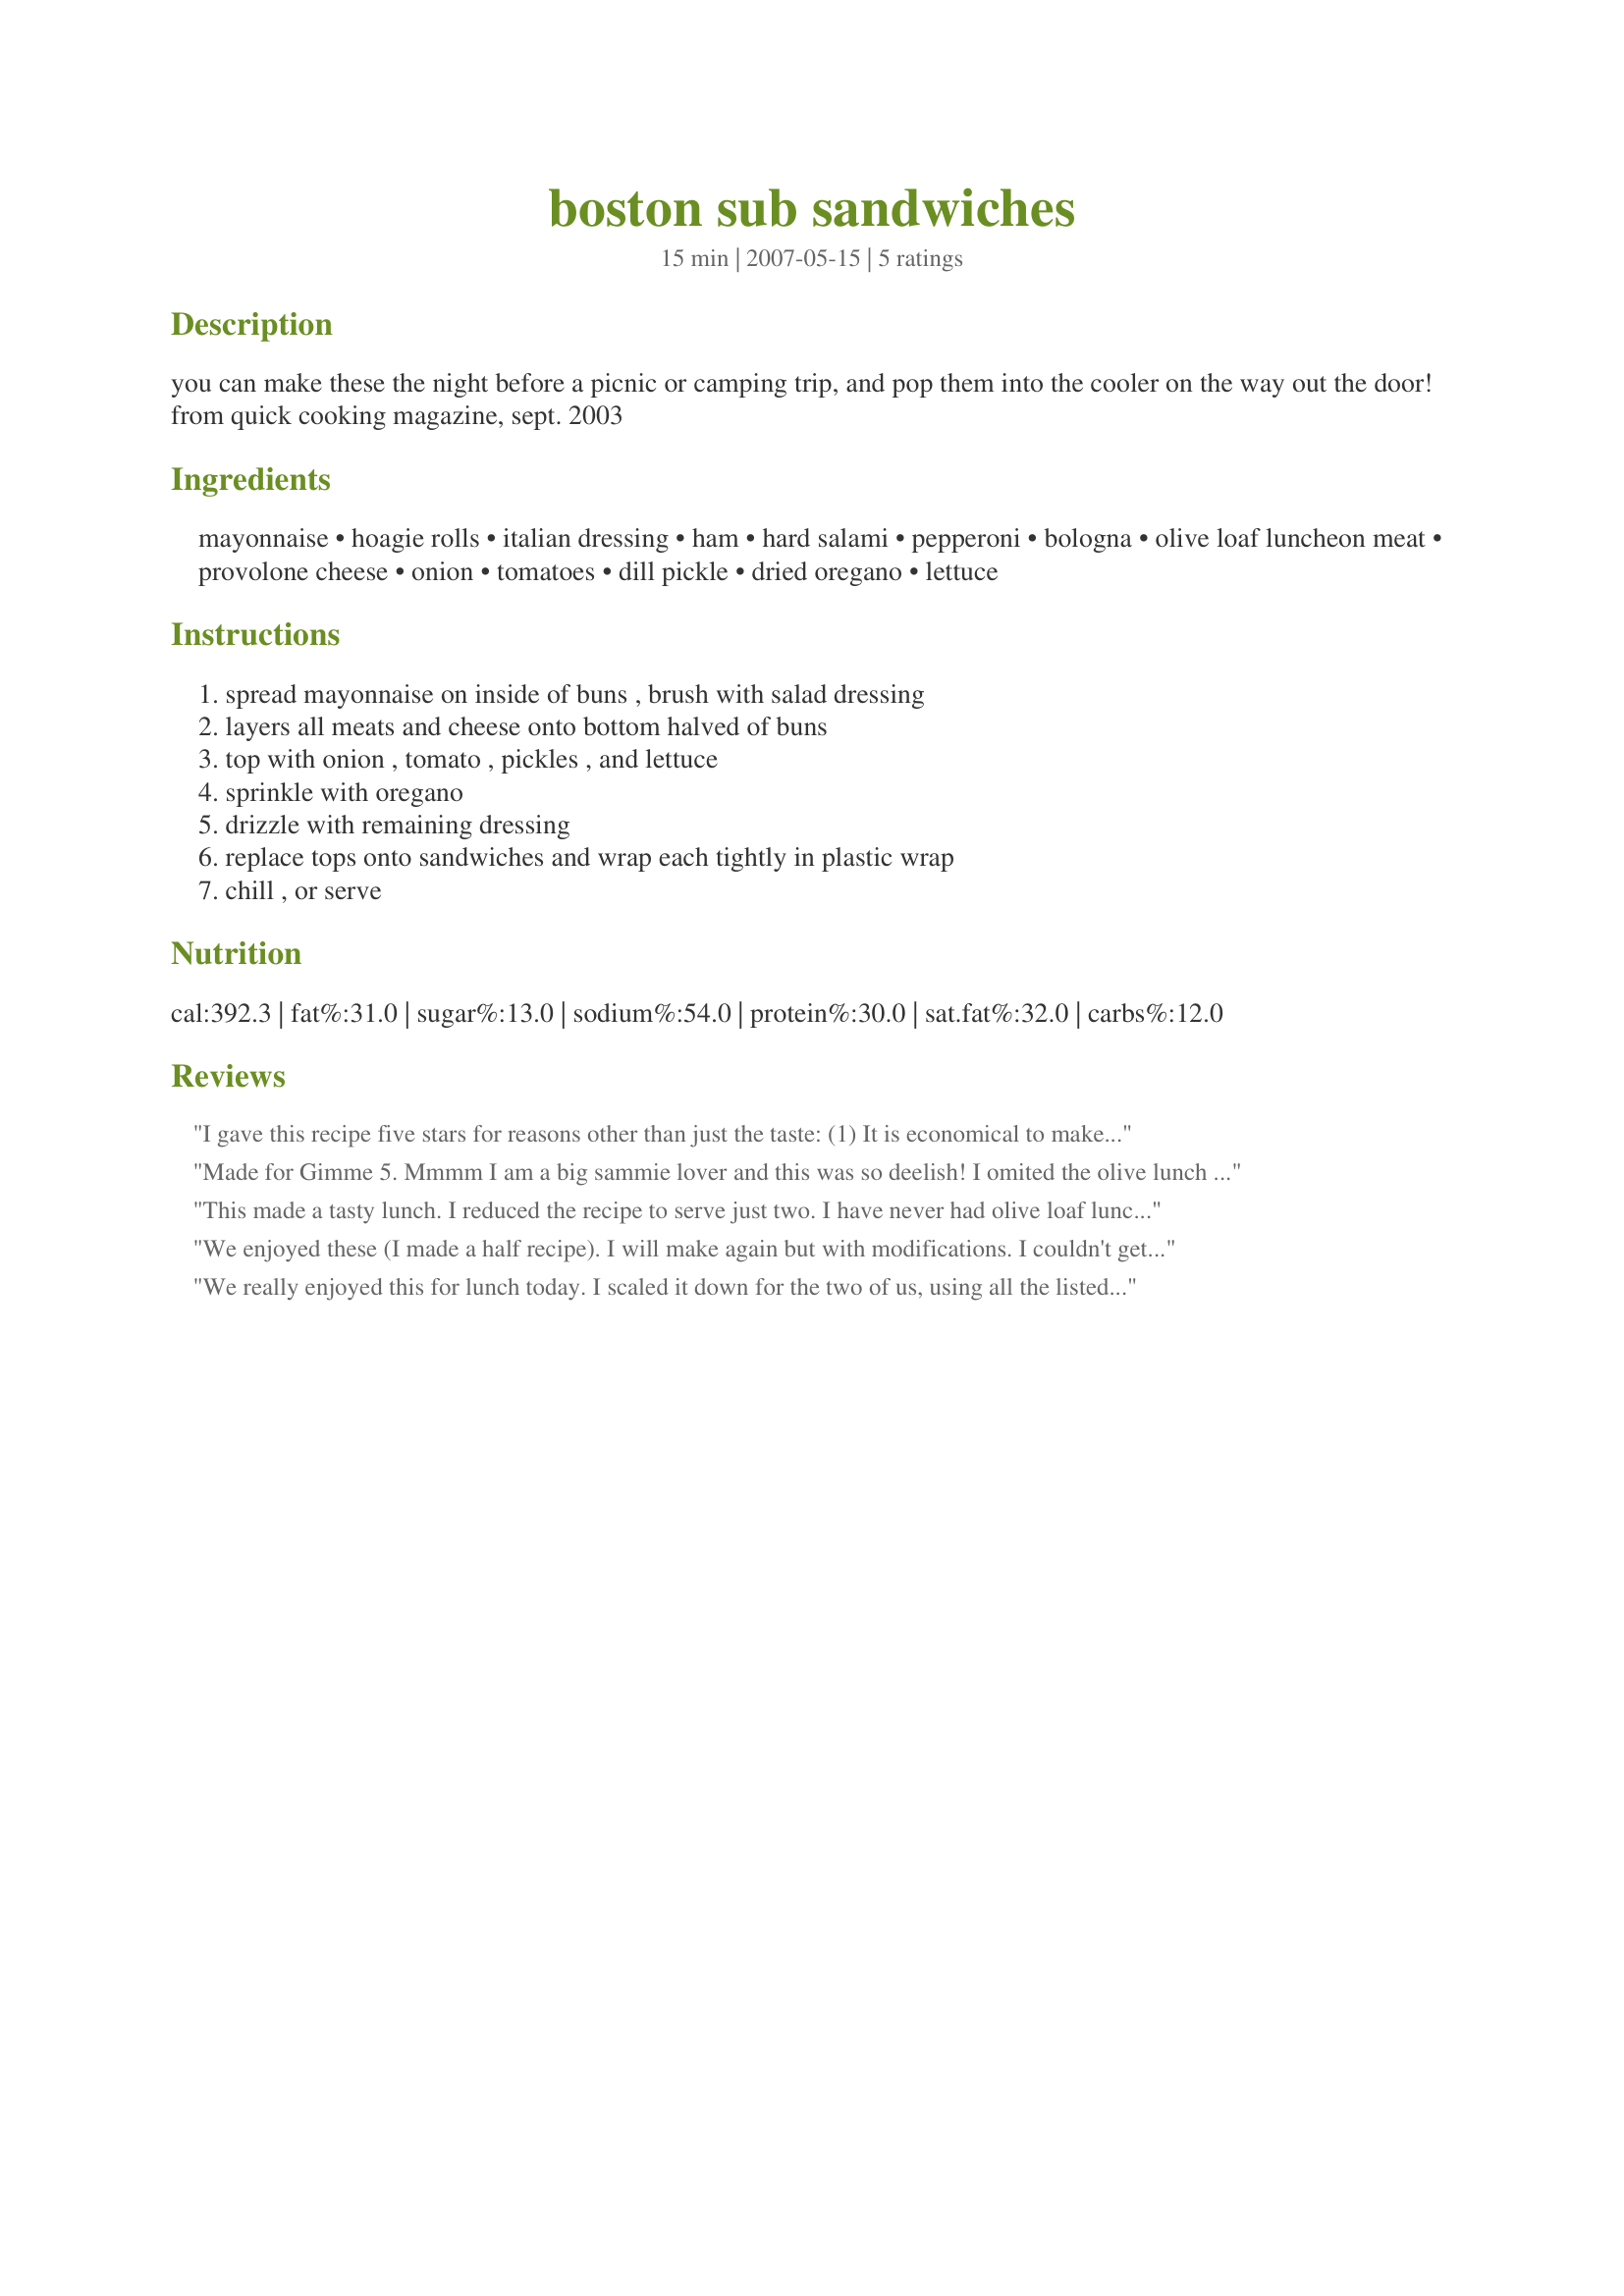
boston sub sandwiches
Preparation time: 15 minutes

you can make these the night before a picnic or camping trip, and pop them into the cooler on the way out the door! from quick cooking magazine, sept. 2003

Ingredients:
mayonnaise, hoagie rolls, italian dressing, ham, hard salami, pepperoni, bologna, olive loaf luncheon meat, provolone cheese, onion, tomatoes, dill pickle, dried oregano, lettuce

Steps:
spread mayonnaise on inside of buns , brush with salad dressing, layers all meats and cheese onto bottom halved of buns, top with onion , tomato , pickles , and lettuce, sprinkle with oregano, drizzle with remaining dressing, replace tops onto sandwiches and wrap each tightly in plastic wrap, chill , or serve

Reviews:
I gave this recipe five stars for reasons other than just the taste: (1) It is economical to make a bunch of sandwiches all at once; (2) It reminded me that it is "O.K." to make something different than a ham & cheese or turkey & cheese sandwich; (3) It was fun getting positive reactions from my husband and kids! They really liked the sandwiches. Personally, I didn't care for couple of the meats in the sandwich, but that doesn't mean that I can't change the meat next time. I can make the sandwiches based upon everyone's personal preferences.

When I make them again, which I plan to do, I will mix the mayonnaise and Italian dressing together before putting onto the sandwich, just to save a step... I will put more cheese on (1 ounce per sandwich)... and I will slice the pickles and tomatoes rather than dicing them and will put them into a separate Ziploc bag for each sandwich and place them on top of the sandwich before wrapping them up with plastic wrap. The sandwiches got a bit soggy by the next morning with the tomatoes and pickles on them... I will also add more shredded lettuce because it seemed to flatten out overnight.

One of the things that was really nice about making the sandwiches the night before was that we were able to grab the sandwiches and put them into the cooler and we didn't have to take along all of the ingredients to make our sandwiches during our picnic. We had more time to enjoy the outdoors.

One thing to keep in mind is that sub sandwiches can be made out of anything you like. The idea here in this recipe is to make it before hand to make it easier to take along with you. A thumb's up for this concept.
Made for Gimme 5.
Mmmm I am a big sammie lover and this was so deelish!
I omited the olive lunch meat as I knew the Fam would'nt like it but went as is on the rest of the ingredients.Great combo of deli meats,veggies and cheese!
This made a tasty lunch. I reduced the recipe to serve just two. I have never had olive loaf luncheon meat and it is ok, but I might just omit it the next time. Thanks for sharing.
We enjoyed these (I made a half recipe). I will make again but with modifications. I couldn't get olive loaf at the deli counter at my market, so I substituted mortadella. The amount of cheese in these sandwiches is so small, that I couldn't really taste it. I usually like 1 ounce of cheese per sandwich, so will increase it next time. I also couldn't get by on the amount of mayo and italian dressing given. I had to increase it by half, and I do spread thin. I think next time I will double those. I omitted the pickles (preference). I will increase the vegetables a lot next time, and probably just use sliced tomatoes and leafed lettuce, rather than dicing/shredding those up. Thank you for sharing this recipe. We did enjoy it.
We really enjoyed this for lunch today. I scaled it down for the two of us, using all the listed ingredients. Very tasty. I think, for personal preference, I'll leave out the olive loaf luncheon meat. Didn't really care for it. Other than that a real winner.
